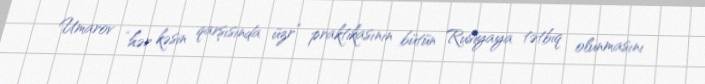
Umarov “hər kəsin qarşısında üzr” praktikasının bütün Rusiyaya tətbiq olunmasını